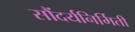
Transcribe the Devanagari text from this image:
सौंदर्यनिर्मिती